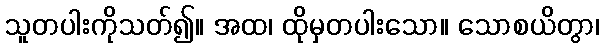
သူတပါးကိုသတ်၍။ အထ၊ ထိုမှတပါးသော။ သောစယိတွာ၊